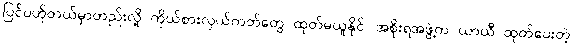
ပြင်ပဟိုတယ်မှာတည်းလို့ ကိုယ်စားလှယ်ကတ်တွေ ထုတ်မယူနိုင်၊ အစိုးရအဖွဲ့က ယာယီ ထုတ်ပေးတဲ့